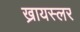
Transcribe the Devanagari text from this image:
ख्रायस्लर